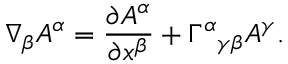
\nabla _ { \beta } A ^ { \alpha } = { \frac { \partial A ^ { \alpha } } { \partial x ^ { \beta } } } + \Gamma ^ { \alpha } { } _ { \gamma \beta } A ^ { \gamma } .